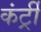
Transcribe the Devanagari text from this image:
कंर्ट्री